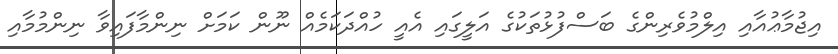
އިޖުމާޢުއާއި އިލްމުވެރިންގެ ބަސްފުޅުތަކުގެ އަލީގައި އެއީ ހުއްދަކަމެއް ނޫން ކަމަށް ނިންމާފައިވާ ނިންމުމާއި